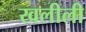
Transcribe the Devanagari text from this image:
खलीली